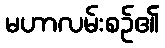
မဟာလမ်းစဉ်၏